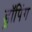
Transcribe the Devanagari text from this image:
ड्रॉपिंग